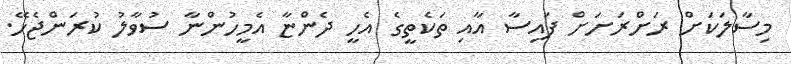
މިސާލަކަށް ރަށްރަށަށް ފައިސާ އާއި ތަކެތީގެ އެހީ ދެންޏާ އެމީހުންނާ ސުވާލު ކުރަންޖެހޭ.